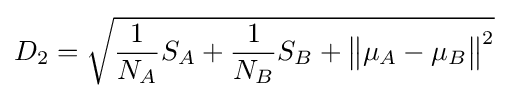
D_{2}={\sqrt {{\frac {1}{N_{A}}}S_{A}+{\frac {1}{N_{B}}}S_{B}+{\big \|}\mu _{A}-\mu _{B}{\big \|}^{2}}}